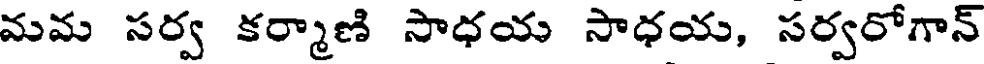
మమ సర్వ కర్మాణి సాధయ సాధయ, సర్వరోగాన్